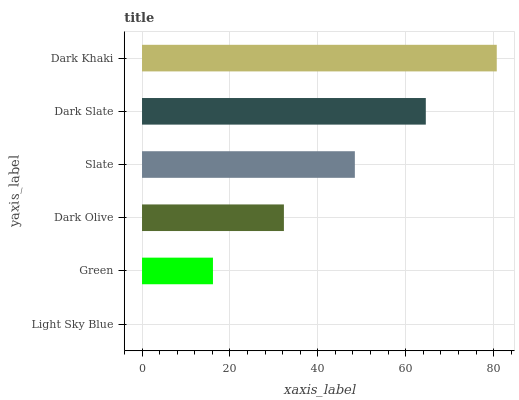
| yaxis_label | bars |
 | --- | --- |
 | Light Sky Blue | 0 |
 | Green | 16.1 |
 | Dark Olive | 32.3 |
 | Slate | 48.4 |
 | Dark Slate | 64.6 |
 | Dark Khaki | 80.7 |